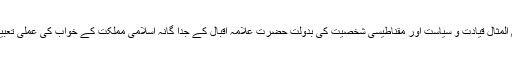
انہوں نے عدیم المثال قیادت و سیاست اور مقناطیسی شخصیت کی بدولت حضرت علامہ اقبال کے جدا گانہ اسلامی مملکت کے خواب کی عملی تعبیر پیش کر دی۔